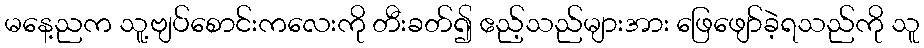
မနေ့ညက သူ့ဗျပ်စောင်းကလေးကို တီးခတ်၍ ဧည့်သည်များအား ဖြေဖျော်ခဲ့ရသည်ကို သူ